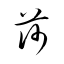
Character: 莎